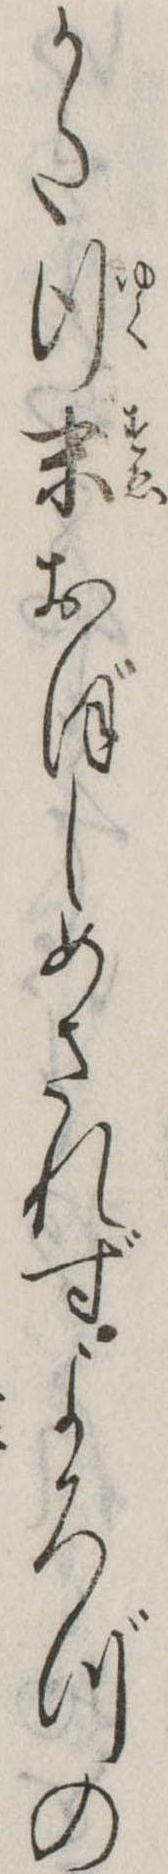
かた行末おぼしめされずよろづの